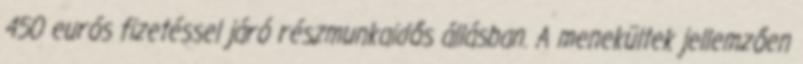
450 eurós fizetéssel járó részmunkaidős állásban. A menekültek jellemzően